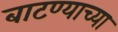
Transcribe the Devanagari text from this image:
बाटण्याच्या